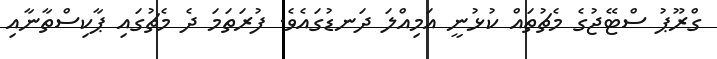
ގްރޫޕު ސްޓޭޖުގެ މެޗުތައް ކުޅުނީ އަމިއްލަ ދަނޑުގައެވެ. ފުރަތަމަ ދެ މެޗުގައި ޕާކިސްތާނާއި